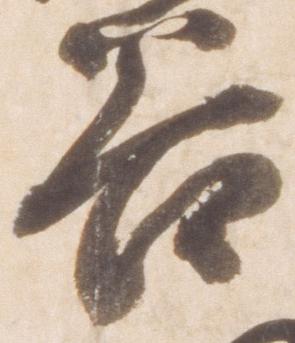
谷